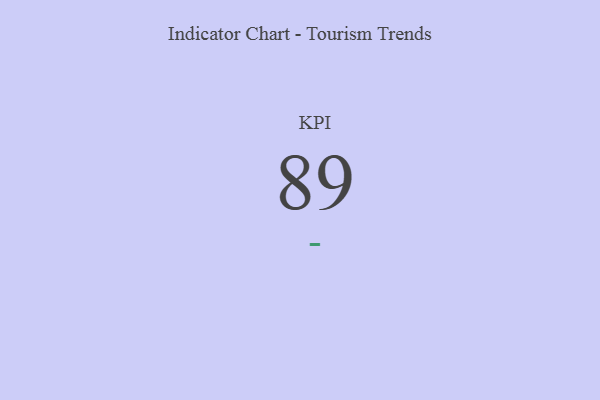
{"axis": {"x": "KPI", "y": "Value"}, "legend": [""], "data": [{"x": "KPI", "y": 89, "type": ""}]}